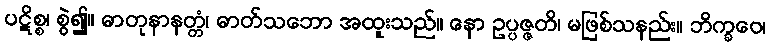
ပဋိစ္စ၊ စွဲ၍။ ဓာတုနာနတ္တံ၊ ဓာတ်သဘော အထူးသည်။ နော ဥပ္ပဇ္ဇတိ၊ မဖြစ်သနည်း။ ဘိက္ခဝေ၊